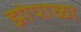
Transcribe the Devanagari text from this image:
झोपाळा